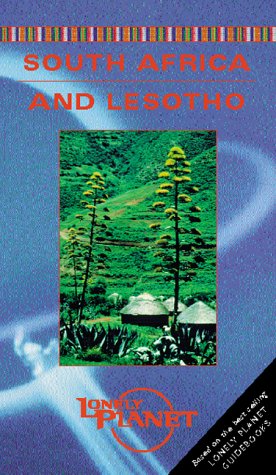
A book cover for Lonely Planet South Africa & Lesotho video (Videos) [VHS]; Lonely Planet; Travel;